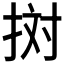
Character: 𢬭